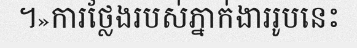
។»ការថ្លែងរបស់ភ្នាក់ងាររូបនេះ